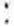
: